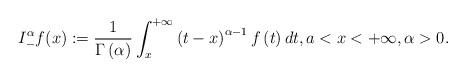
LaTeX: \begin{align*}I_{-}^{\alpha }f(x):=\frac{1}{\Gamma \left ( \alpha \right )}\int_{x}^{+\infty}\left ( t-x \right )^{\alpha -1}f\left ( t \right )dt,a<x<+\infty,\alpha>0.\end{align*}